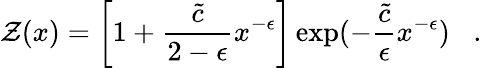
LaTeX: {\cal Z}(x)=\left[1+{\frac{\tilde{c}}{2-\epsilon}}x^{-\epsilon}\right]\exp(-{\frac{\tilde{c}}{\epsilon}}x^{-\epsilon})\; \; \; .